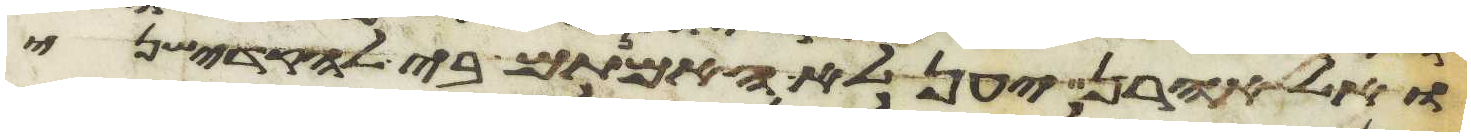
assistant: ואל אהרן יען לא האמנתם בי להקדישני